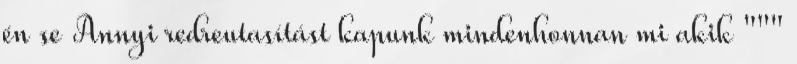
én se Annyi redreutasítást kapunk mindenhonnan mi akik """